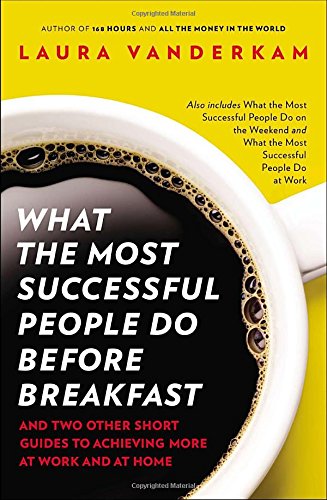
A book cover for What the Most Successful People Do Before Breakfast: And Two Other Short Guides to Achieving More at Work and at Home; Laura Vanderkam; Self-Help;